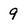
Character: 9